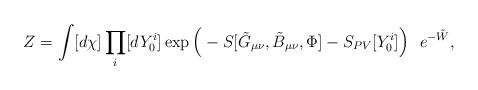
LaTeX: \begin{align*}Z =\int[d\chi]\prod_{i}[dY^i_0]\exp\Big(-S[\tilde{G}_{\mu\nu},\tilde{B}_{\mu\nu},\Phi] - S_{PV}[Y_0^i] \Big)\ \ e^{-\tilde W},\\\end{align*}